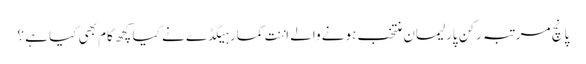
پانچ مرتبہ رکن پارلیمان منتخب ہونے والے اننت کمار ہیگڈے نے کیا کچھ کام بھی کیا ہے ؟